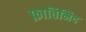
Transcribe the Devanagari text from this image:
फ़ातिमिद